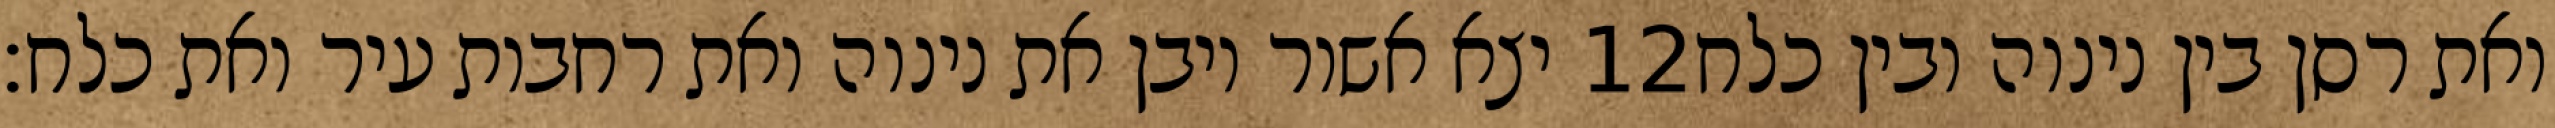
יצא אשור ויבן את נינוה ואת רחבות עיר ואת כלח׃ ‎12‏ ואת רסן בין נינוה ובין כלח